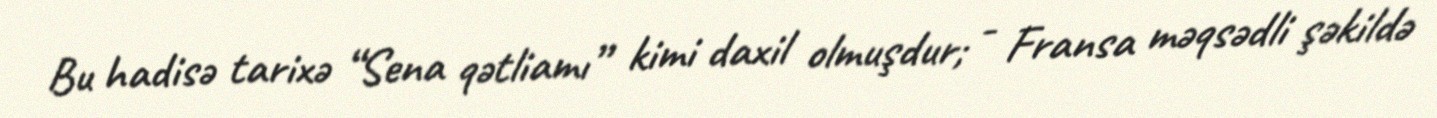
Bu hadisə tarixə “Sena qətliamı” kimi daxil olmuşdur; - Fransa məqsədli şəkildə